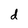
Character: d